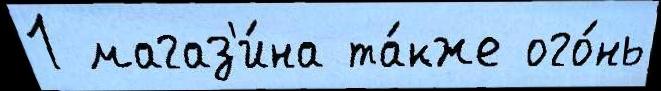
1 магаз'и́на та́кже ого́нь